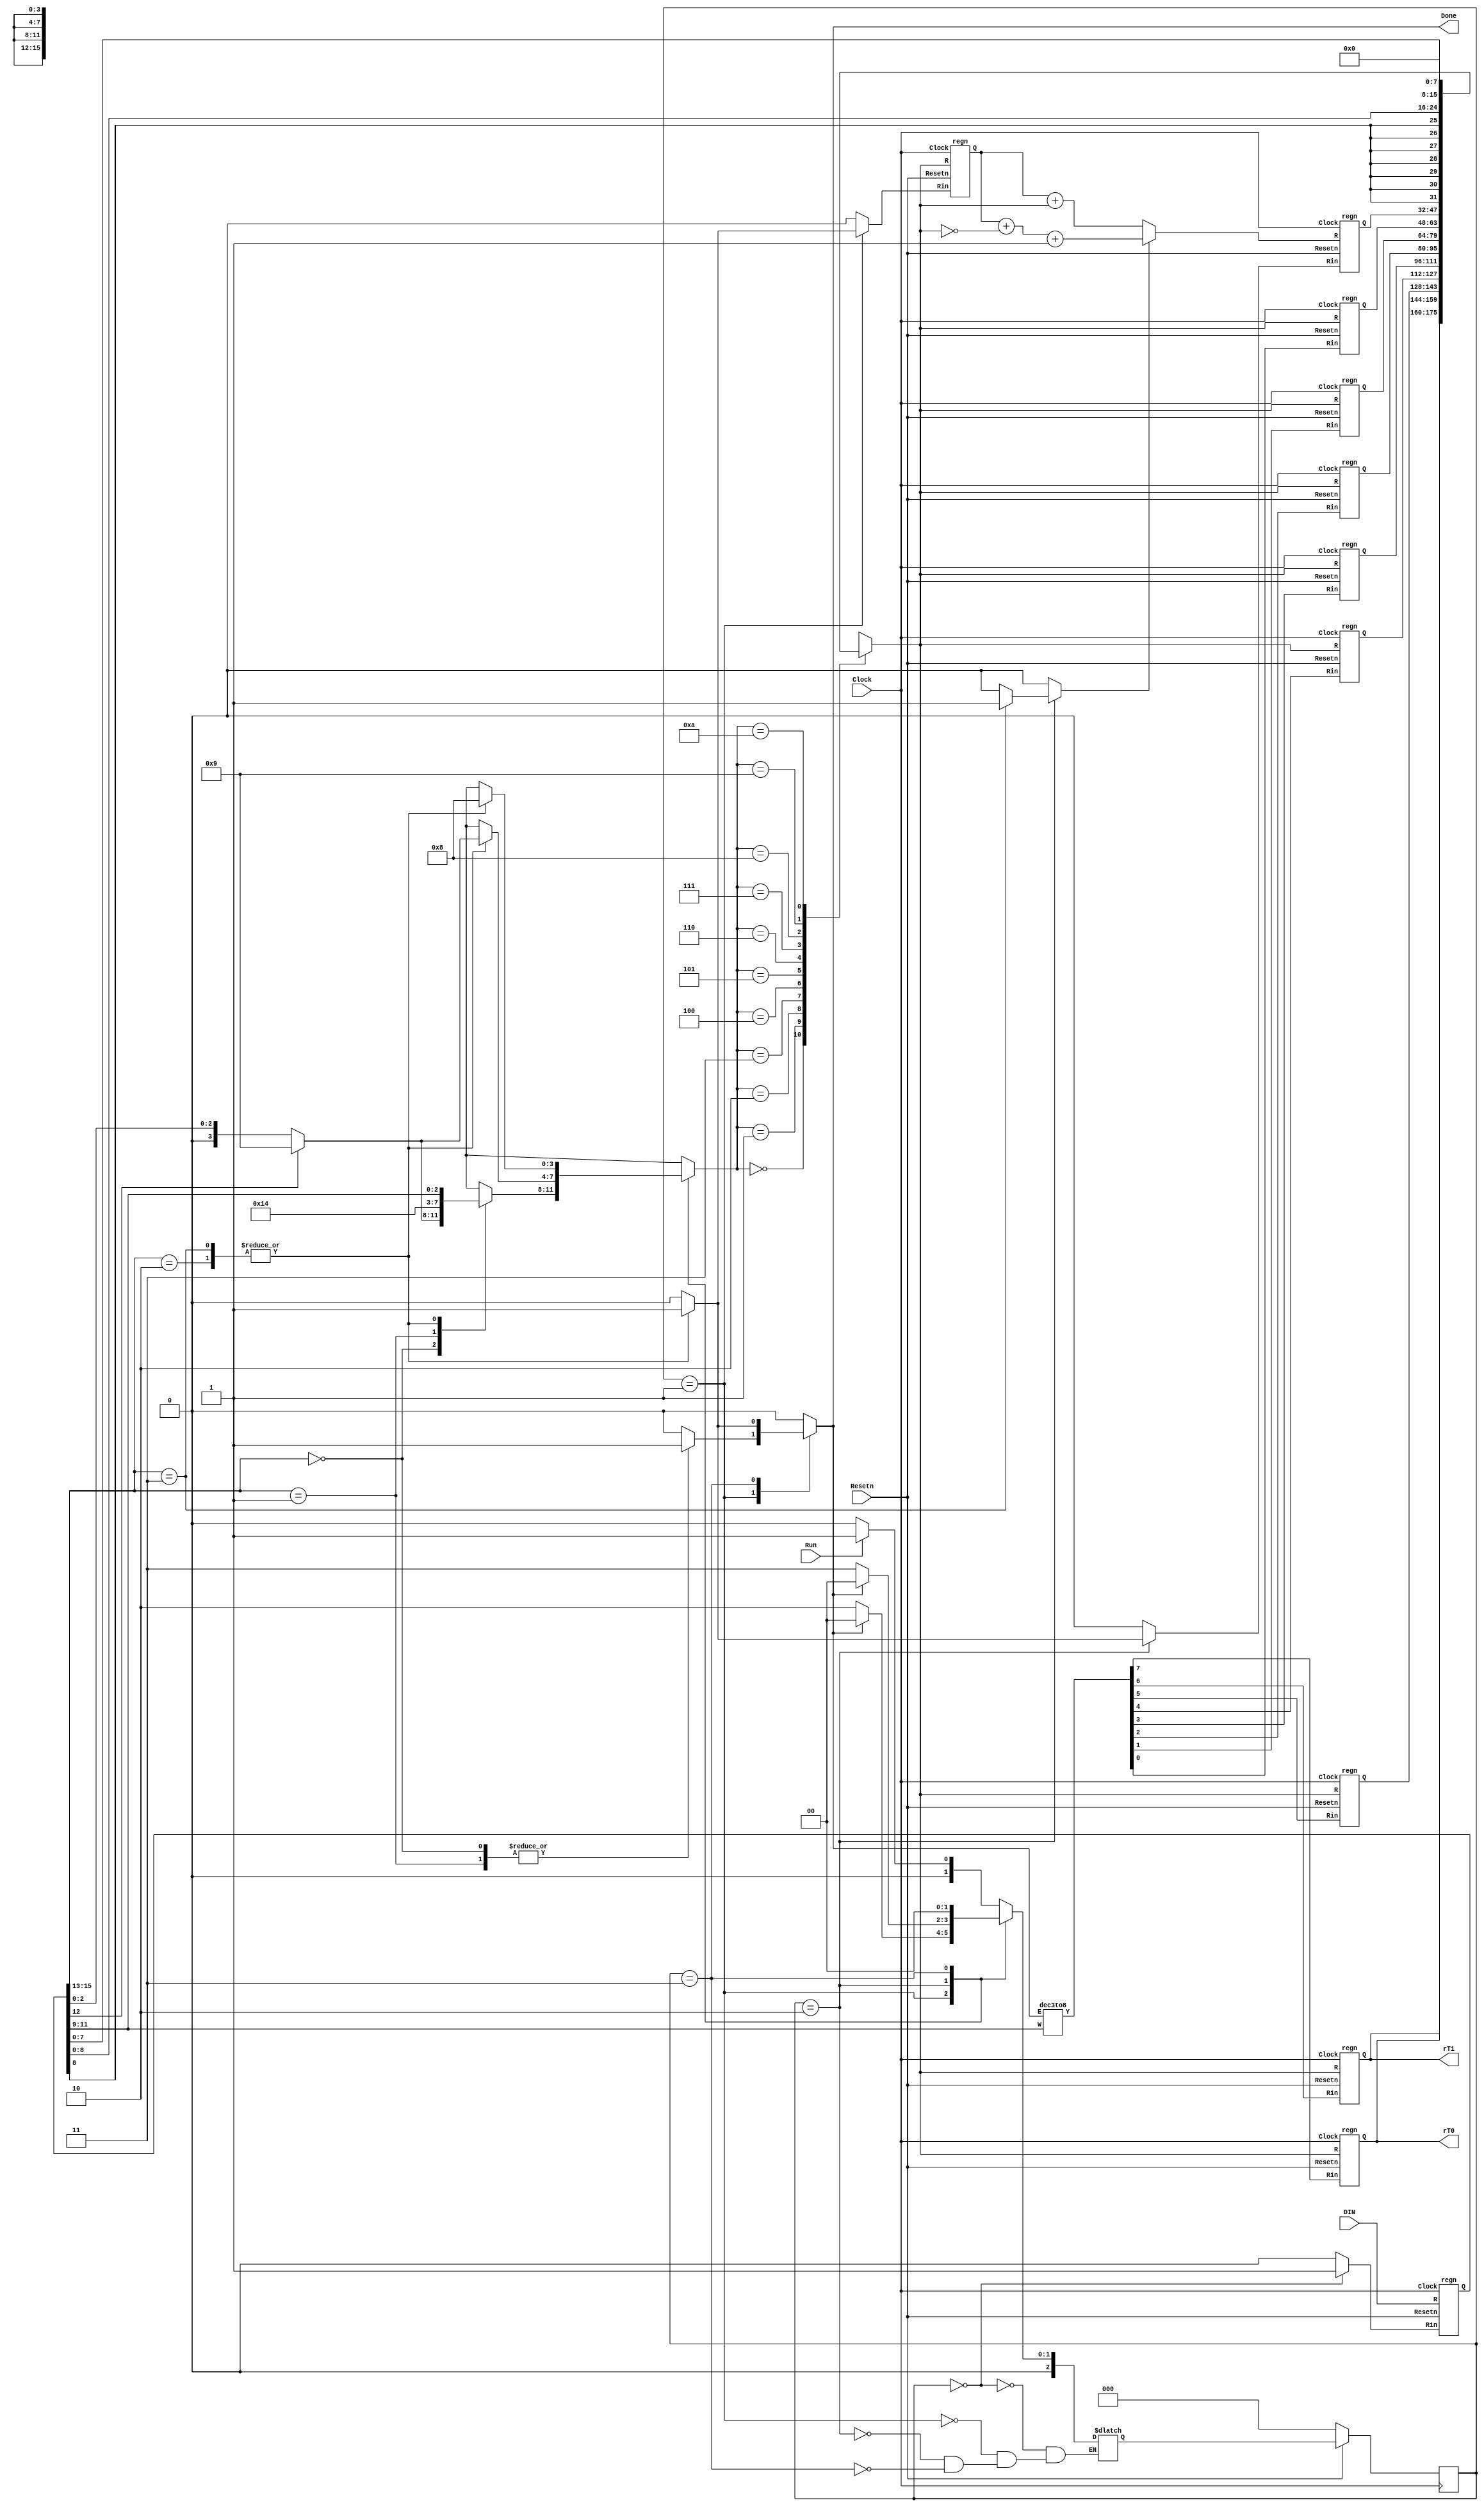
// This code is mostly complete. You need to just fill in the lines where it says 
// "... your code goes here"
module proc(DIN, Resetn, Clock, Run, Done, rT0, rT1);
    input [15:0] DIN;
    input Resetn, Clock, Run;
    output Done;

    output [15:0] rT0,rT1;

    wire [0:7] R_in; // r0, ..., r7 register enables
    reg [15:0] Sum;
    reg rX_in, IR_in, Done, A_in, G_in, AddSub;
    reg [2:0] Tstep_Q, Tstep_D;
    reg [15:0] BusWires;
    reg [3:0] Select; // BusWires multiplexer Select input
    wire [2:0] III, rX, rY; // instruction opcode and register operands
    wire [15:0] r0, r1, r2, r3, r4, r5, r6, r7, A;
    assign rT0 = r0;
    assign rT1 = r1;
    wire [15:0] G;
    wire [15:0] IR;
    wire Imm;
   
    assign III = IR[15:13];
    assign Imm = IR[12];
    assign rX = IR[11:9];
    assign rY = IR[2:0];
    dec3to8 decX (rX_in, rX, R_in); // produce r0 - r7 register enables

    parameter T0 = 3'b000, T1 = 3'b001, T2 = 3'b010, T3 = 3'b011;

    // Control FSM state table
    always @(Tstep_Q, Run, Done) begin
        case (Tstep_Q)
            T0: // data is loaded into IR in this time step
                if (~Run) Tstep_D = T0;
                else Tstep_D = T1;
            T1: if (Done) Tstep_D = T0;
                else Tstep_D = T2;
            T2: if (Done) Tstep_D = T0;
                else Tstep_D = T3;
            T3: // instructions end after this time step
                Tstep_D = T0;
        endcase
    end

    /* OPCODE format: III M XXX DDDDDDDDD, where 
    *     III = instruction, M = Immediate, XXX = rX
    *     If M = 0, DDDDDDDDD = 000000YYY = rY
    *     If M = 1, DDDDDDDDD = #D is the immediate operand 
    *
    *  III M  Instruction   Description
    *  --- -  -----------   -----------
    *  000 0: mv   rX,rY    rX <- rY
    *  000 1: mv   rX,#D    rX <- D (sign extended)
    *  001 1: mvt  rX,#D    rX <- D << 8
    *  010 0: add  rX,rY    rX <- rX + rY
    *  010 1: add  rX,#D    rX <- rX + D
    *  011 0: sub  rX,rY    rX <- rX - rY
    *  011 1: sub  rX,#D    rX <- rX - D */
    parameter mv = 3'b000, mvt = 3'b001, add = 3'b010, sub = 3'b011;
    // selectors for the BusWires multiplexer
    parameter _R0 = 4'b0000, _R1 = 4'b0001, _R2 = 4'b0010, _R3 = 4'b0011, _R4 = 4'b0100,
        _R5 = 4'b0101, _R6 = 4'b0110, _R7 = 4'b0111, _G = 4'b1000, 
        _IR8_IR8_0 /* signed-extended immediate data */ = 4'b1001, 
        _IR7_0_0   /* immediate data << 8 */ = 4'b1010;
    // Control FSM outputs
    always @(*) begin
        // default values for control signals
        rX_in = 1'b0; A_in = 1'b0; G_in = 1'b0; AddSub = 1'b0; IR_in = 1'b0; Select = 4'bxxxx;
        Done = 1'b0;
        case (Tstep_Q)
            T0: // store instruction on DIN in IR 
                IR_in = 1'b1;
            T1: // define signals in T1
                case (III)
                    mv: begin
						  
						  if(Imm == 1)Select = _IR8_IR8_0; 
						  else Select = {1'b0,rY}; 
                          rX_in = ~rX_in;
						  Done = ~Done; 
						end
                    mvt: begin
						  rX_in = ~rX_in;
						  Done = ~Done;
						  Select = _IR7_0_0; end
					
						  
						
                    add, sub: begin
                        Select = {1'b0,rX};
								A_in = ~A_in;
                    end
                    default: ;
                endcase
            T2: // define signals T2
                case (III)
                    add: begin
						  
						  if(Imm) Select = _IR8_IR8_0; 
						  else Select = {1'b0,rY};
						  
                          G_in = ~G_in;
                    end
                    sub: begin
						  G_in = ~G_in;
						  AddSub = ~AddSub;

						  if(Imm)
						  Select = _IR8_IR8_0; 
						  else Select = {1'b0,rY};
                           end
                    default: ; 
                endcase
            T3: // define T3
                case (III)
                    add, sub: begin
                    Done = ~Done;
								Select = _G;
								rX_in = ~rX_in;
                    end
                    default: ;
                endcase
            default: ;
        endcase
    end   
   
    // Control FSM flip-flops
    always @(posedge Clock)
        if (!Resetn)
            Tstep_Q <= T0;
        else
            Tstep_Q <= Tstep_D;   
   
    regn reg_0 (BusWires, Resetn, R_in[0], Clock, r0);
    regn reg_1 (BusWires, Resetn, R_in[1], Clock, r1);
    regn reg_2 (BusWires, Resetn, R_in[2], Clock, r2);
    regn reg_3 (BusWires, Resetn, R_in[3], Clock, r3);
    regn reg_4 (BusWires, Resetn, R_in[4], Clock, r4);
    regn reg_5 (BusWires, Resetn, R_in[5], Clock, r5);
    regn reg_6 (BusWires, Resetn, R_in[6], Clock, r6);
    regn reg_7 (BusWires, Resetn, R_in[7], Clock, r7);

    regn reg_A (BusWires, Resetn, A_in, Clock, A);
    regn reg_IR (DIN, Resetn, IR_in, Clock, IR);

    // alu
    always @(*)
        if (!AddSub)
            Sum = A + BusWires;
        else
            Sum = A + ~BusWires + 16'b1;

    regn reg_G (Sum, Resetn, G_in, Clock, G);

    // define the internal processor bus
    always @(*)
        case (Select)
            _R0: BusWires = r0;
            _R1: BusWires = r1;
            _R2: BusWires = r2;
            _R3: BusWires = r3;
            _R4: BusWires = r4;
            _R5: BusWires = r5;
            _R6: BusWires = r6;
            _R7: BusWires = r7;
            _G:  BusWires = G;
            _IR8_IR8_0: BusWires = {{7{IR[8]}}, IR[8:0]};   // sign extended
            _IR7_0_0: BusWires = {IR[7:0], 8'b00000000};   // padded with 0's
            default: BusWires = 16'bxxxxxxxxxxxxxxxx;
        endcase
endmodule

module dec3to8(E, W, Y);
    input E; // enable
    input [2:0] W;
    output [0:7] Y;
    reg [0:7] Y;
   
    always @(*)
        if (E == 0)
            Y = 8'b00000000;
        else
            case (W)
                3'b000: Y = 8'b10000000;
                3'b001: Y = 8'b01000000;
                3'b010: Y = 8'b00100000;
                3'b011: Y = 8'b00010000;
                3'b100: Y = 8'b00001000;
                3'b101: Y = 8'b00000100;
                3'b110: Y = 8'b00000010;
                3'b111: Y = 8'b00000001;
            endcase
endmodule

module regn(R, Resetn, Rin, Clock, Q);
    parameter n = 16;
    input [n-1:0] R;
    input Resetn, Rin, Clock;
    output [n-1:0] Q;
    reg [n-1:0] Q;

    always @(posedge Clock)
        if (!Resetn)
            Q <= 0;
        else if (Rin)
            Q <= R;
endmodule